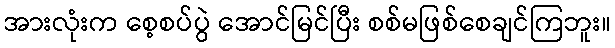
အားလုံးက စေ့စပ်ပွဲ အောင်မြင်ပြီး စစ်မဖြစ်စေချင်ကြဘူး။